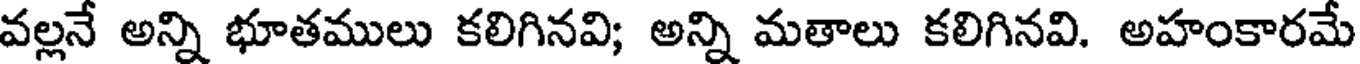
వల్లనే అన్ని భూతములు కలిగినవి; అన్ని మతాలు కలిగినవి. అహంకారమే